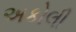
અકોલી